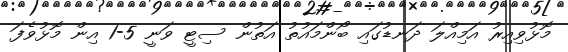
މޮޅުވިއިރު އަމިއްލަ ދަނޑުގައި ބޯންމައުތު އަތުން ސިޓީ ވަނީ 5-1 އިން މޮޅުވެފަ